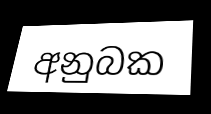
අනුබක